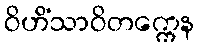
ဝိဟိံသာဝိတက္ကေန